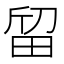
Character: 𱰵